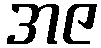
အဇ